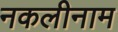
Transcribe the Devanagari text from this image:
नकलीनाम